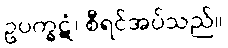
ဥပက္ခဋံ၊ စီရင်အပ်သည်။